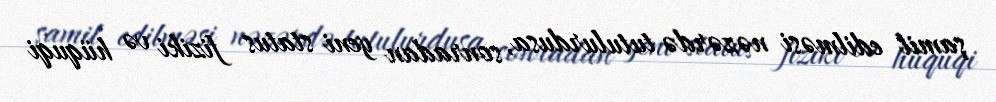
şamil edilməsi nəzərdə tutulurdusa, sonradan yeni status fiziki və hüquqi